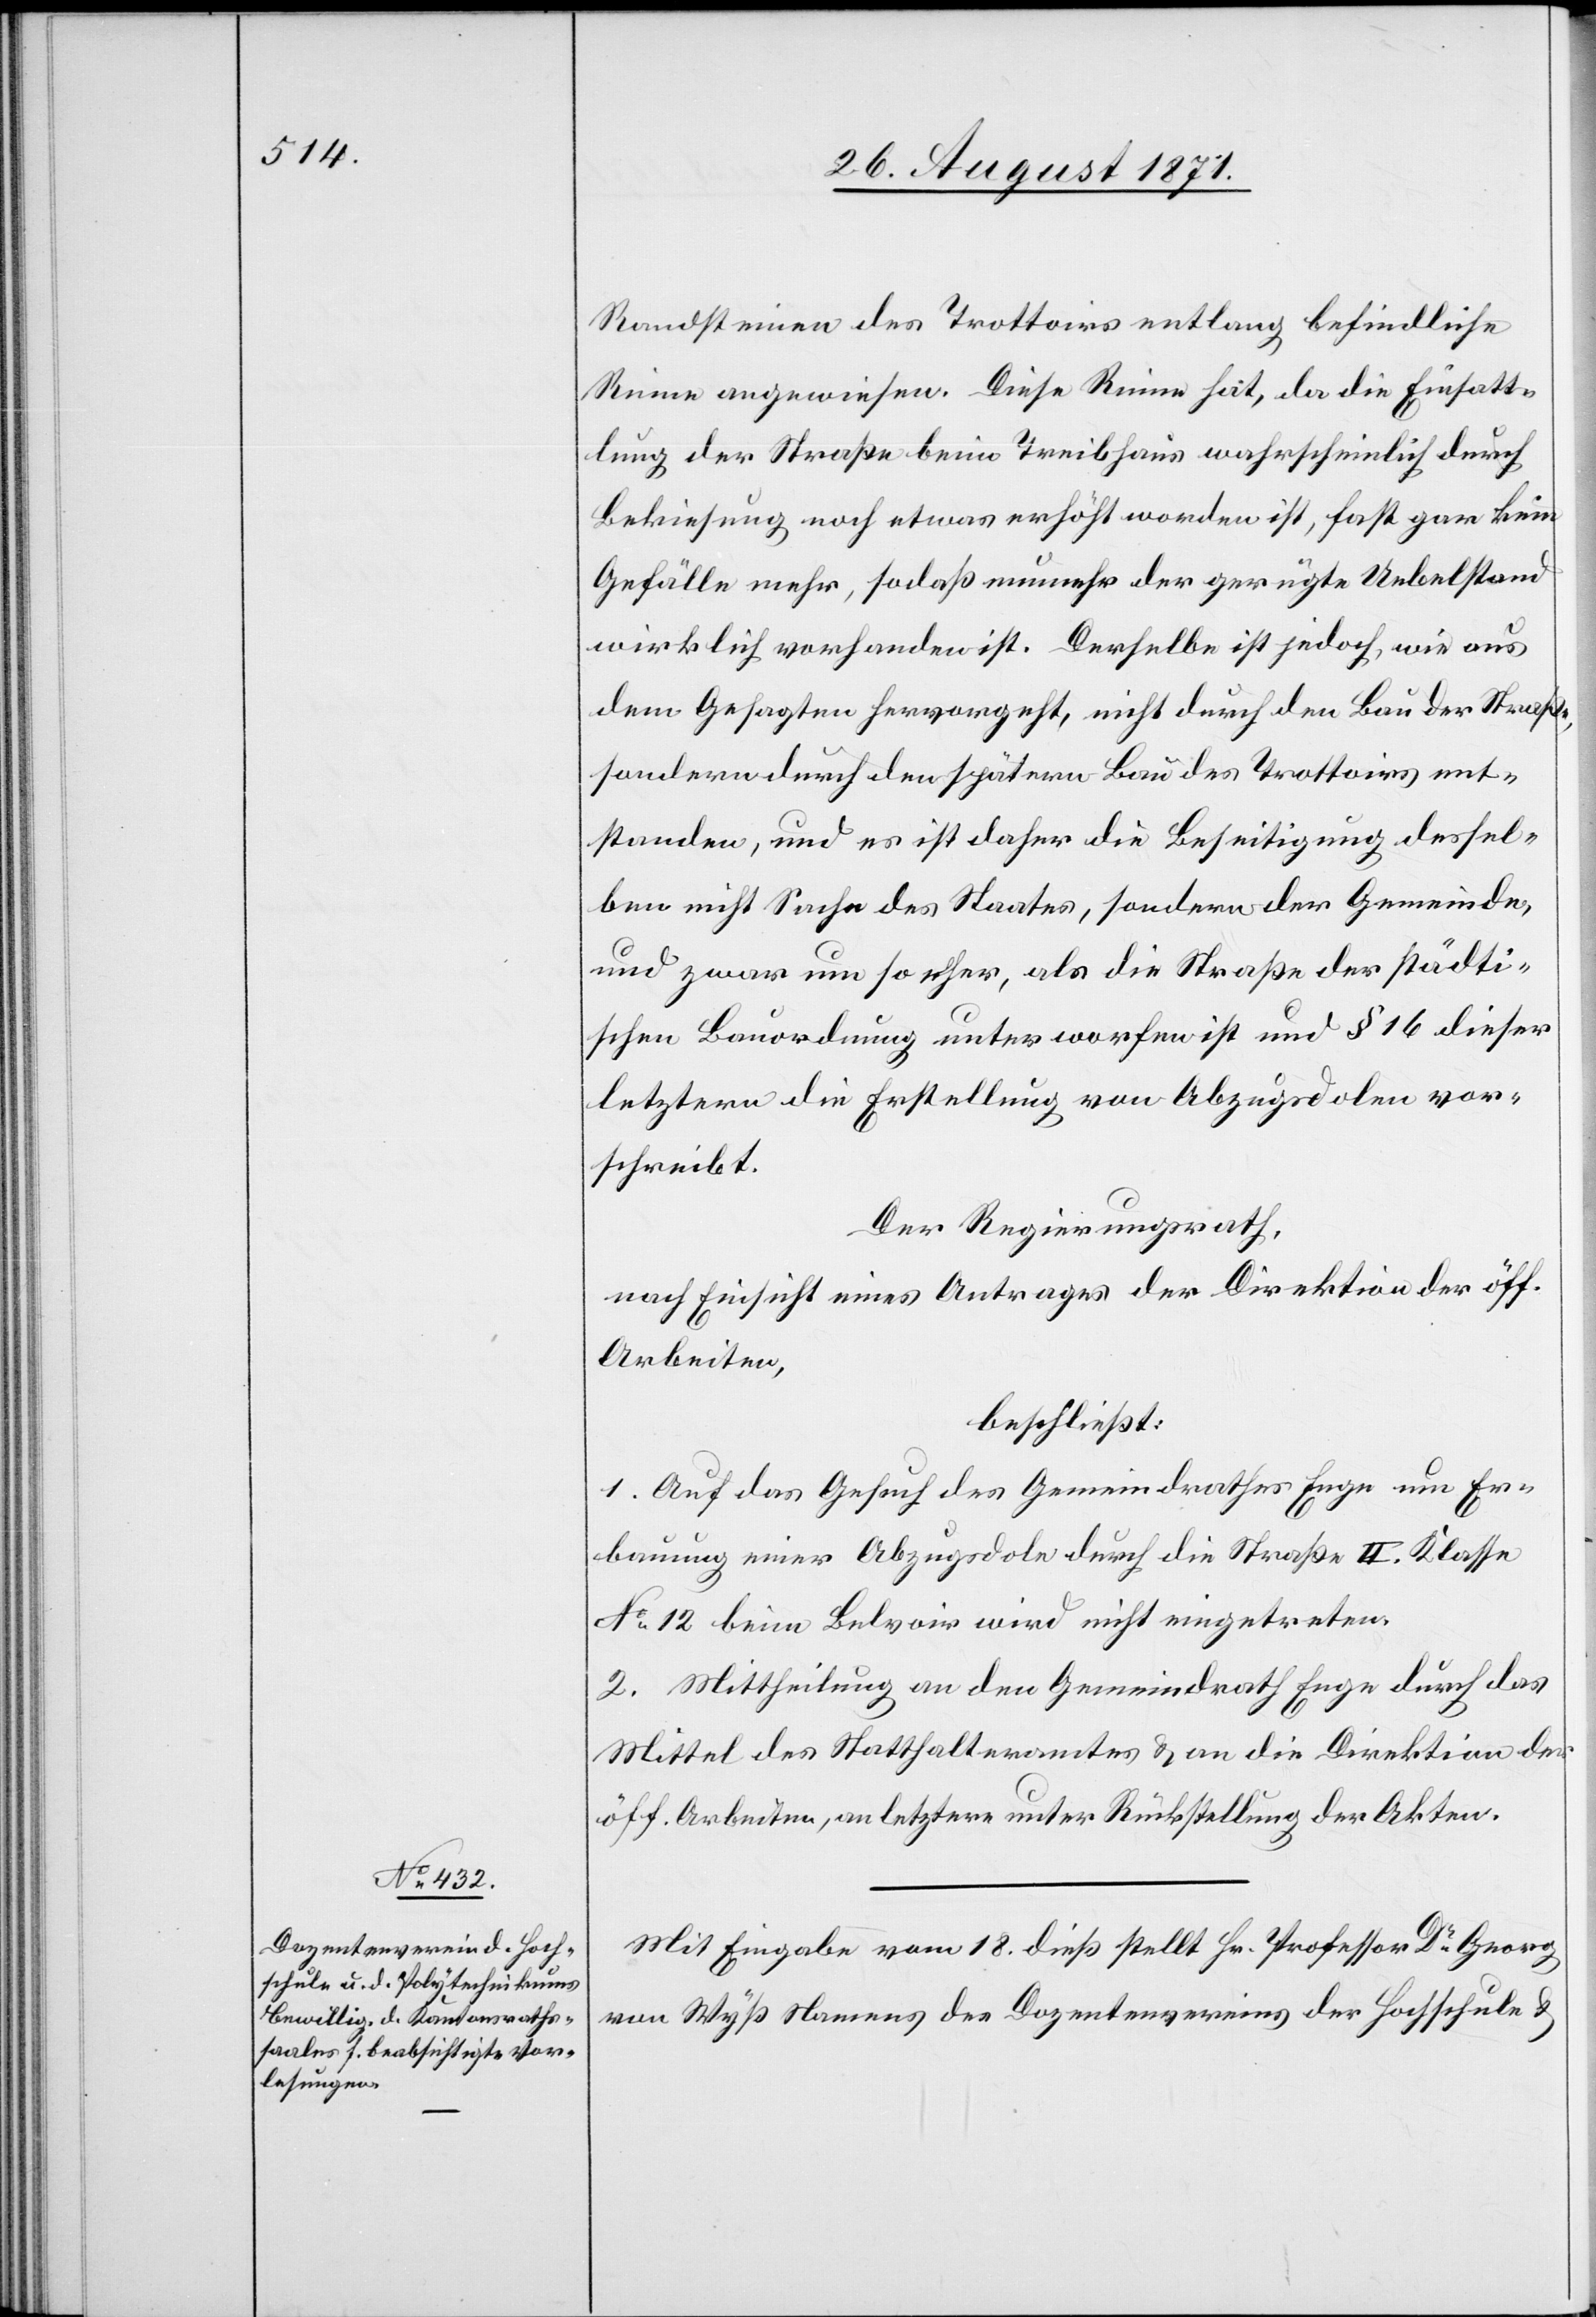
Randsteinen des Trottoirs entlang befindliche
Rinne angewiesen. Diese Rinne hat, da die Einsatt¬
lung der Straße beim Treibhaus wahrscheinlich durch
Bekiesung noch etwas erhöht worden ist, fast gar kein
Gefälle mehr, sodaß nunmehr der gerügte Uebelstand
wirklich vorhanden ist. Derselbe ist jedoch, wie aus
dem Gesagten hervorgeht, nicht durch den Bau der Straße,
sondern durch den späteren Bau des Trottoirs ent¬
standen, und es ist daher die Beseitigung dessel¬
ben nicht Sache des Staates, sondern der Gemeinde,
und zwar um so mehr, als die Straße der städti¬
schen Bauordnung unterworfen ist und § 16 dieser
letzteren die Erstellung von Abzugsdolen vor¬
schreibt.
Der Regierungsrath,
nach Einsicht eines Antrages der Direktion der öff.
Arbeiten,
beschließt:
1. Auf das Gesuch des Gemeindrathes Enge um Er¬
bauung einer Abzugsdole durch die Straße II. Klasse
No 12 beim Belvoir wird nicht eingetreten.
2. Mittheilung an den Gemeindrath Enge durch das
Mittel des Statthalteramtes & an die Direktion der
öff. Arbeiten, an letztere unter Rückstellung der Akten.
Mit Eingabe vom 18. dieß stellt Hr. Professor Dr Georg
von Wyß Namens des Dozentenvereins der Hochschule &